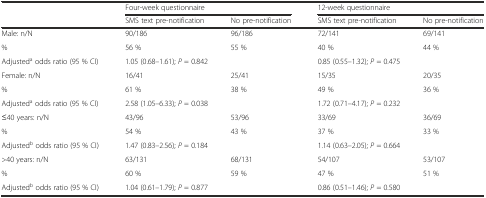
|  | <COLSPAN=2> Four-week questionnaire | <COLSPAN=2> 12-week questionnaire |
 |  | SMS text pre-notification | No pre-notification | SMS text pre-notification | No pre-notification |
 | --- | --- | --- | --- | --- |
 | Male: n/N | 90/186 | 96/186 | 72/141 | 69/141 |
 | % | 56 % | 55 % | 40 % | 44 % |
 | Adjusteda odds ratio (95 % CI) | <COLSPAN=2> 1.05 (0.68–1.61); P = 0.842 | <COLSPAN=2> 0.85 (0.55–1.32); P = 0.475 |
 | Female: n/N | 16/41 | 25/41 | 15/35 | 20/35 |
 | % | 61 % | 38 % | 49 % | 36 % |
 | Adjusteda odds ratio (95 % CI) | <COLSPAN=2> 2.58 (1.05–6.33); P = 0.038 | <COLSPAN=2> 1.72 (0.71–4.17); P = 0.232 |
 | ≤40 years: n/N | 43/96 | 53/96 | 33/69 | 36/69 |
 | % | 54 % | 43 % | 37 % | 33 % |
 | Adjustedb odds ratio (95 % CI) | <COLSPAN=2> 1.47 (0.83–2.56); P = 0.184 | <COLSPAN=2> 1.14 (0.63–2.05); P = 0.664 |
 | >40 years: n/N | 63/131 | 68/131 | 54/107 | 53/107 |
 | % | 60 % | 59 % | 47 % | 51 % |
 | Adjustedb odds ratio (95 % CI) | <COLSPAN=2> 1.04 (0.61–1.79); P = 0.877 | <COLSPAN=2> 0.86 (0.51–1.46); P = 0.580 |